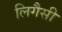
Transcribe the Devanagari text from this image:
लिगैसी